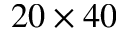
2 0 \times 4 0